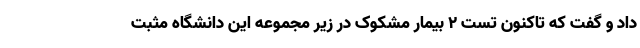
داد و گفت که تاکنون تست ۲ بیمار مشکوک در زیر مجموعه این دانشگاه مثبت